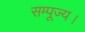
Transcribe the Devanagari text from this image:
सम्पूज्य।